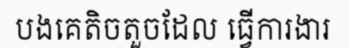
បងគេតិចតួចដែល ធ្វើការងារ